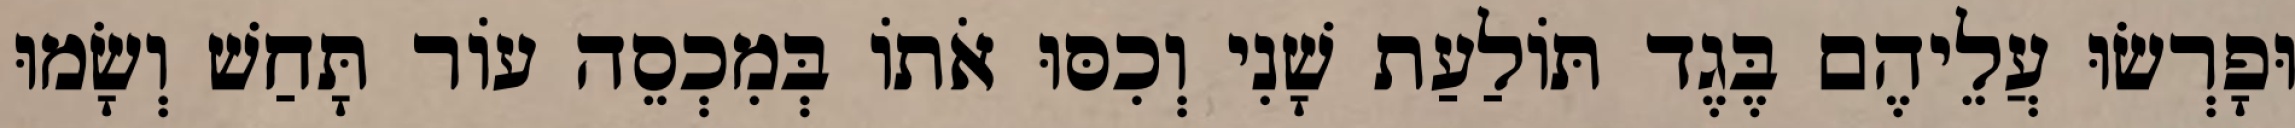
וּפָרְשׂוּ עֲלֵיהֶם בֶּגֶד תּוֹלַעַת שָׁנִי וְכִסּוּ אֹתוֹ בְּמִכְסֵה עוֹר תָּחַשׁ וְשָׂמוּ